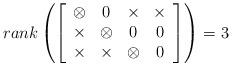
LaTeX: \begin{align*}rank \left(\left[\begin{array}{cccc}\otimes & 0 & \times&\times\\\times & \otimes & 0&0\\\times &\times & \otimes &0\end{array}\right]\right)=3\end{align*}